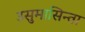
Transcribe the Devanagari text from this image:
उसुमासिन्ता